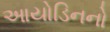
આયોડિનનો